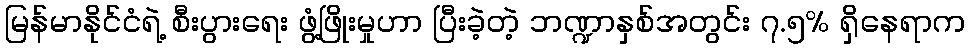
မြန်မာနိုင်ငံရဲ့ စီးပွားရေး ဖွံ့ဖြိုးမှုဟာ ပြီးခဲ့တဲ့ ဘဏ္ဍာနှစ်အတွင်း ၇.၅% ရှိနေရာက